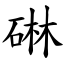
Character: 碄